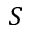
S